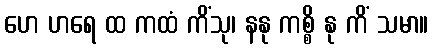
ဟေ ဟရေ ထ ကထံ ကိံသု၊ နနု ကစ္စိ နု ကိံ သမာ။